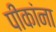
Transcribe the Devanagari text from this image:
पीकांना